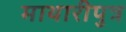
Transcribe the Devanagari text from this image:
माथारीपुत्र